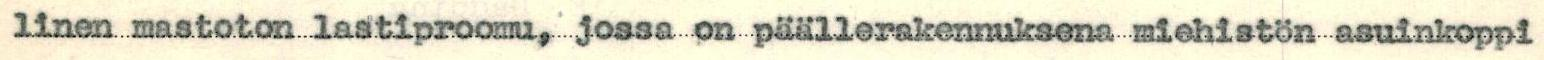
linen mastoton lastiproomu, jossa on päällerakennuksena miehistön asuinkoppi